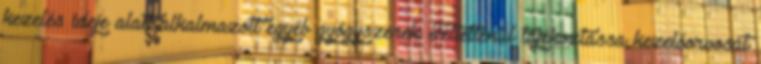
kezelés ideje alatt alkalmazott egyéb gyógyszerek Feltétlenül tájékoztassa kezelőorvosát